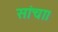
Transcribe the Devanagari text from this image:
सांचा।